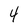
Character: 4